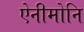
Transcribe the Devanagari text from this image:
ऐनीमोनि